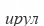
ирул